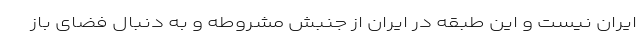
ایران نیست و این طبقه در ایران از جنبش مشروطه و به دنبال فضای باز